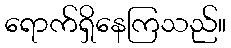
ရောက်ရှိနေကြသည်။